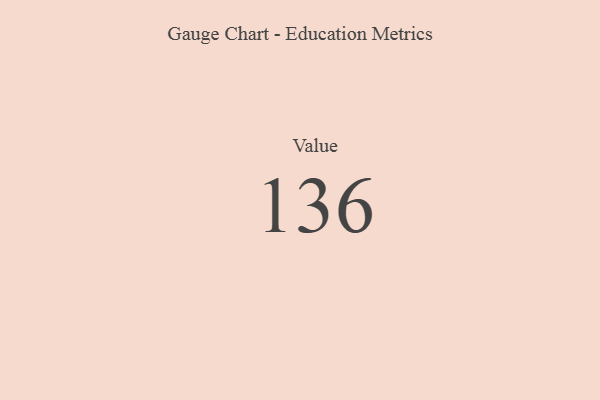
{"axis": {"x": "Metric", "y": "Value"}, "legend": [""], "data": [{"x": "Value", "y": 136, "type": ""}]}